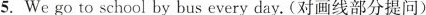
5.We go to school _by bus every day.(对画线部分提问)